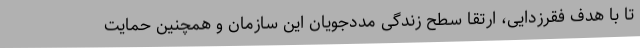
تا با هدف فقرزدایی، ارتقا سطح زندگی مددجویان این سازمان و همچنین حمایت